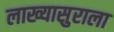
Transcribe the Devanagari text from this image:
लाख्यासुराला